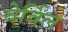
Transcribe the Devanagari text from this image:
चेर्विल